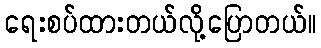
ရေးစပ်ထားတယ်လို့ပြောတယ်။